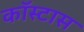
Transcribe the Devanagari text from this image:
कॉस्टास